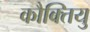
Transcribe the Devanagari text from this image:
कौक्तियु